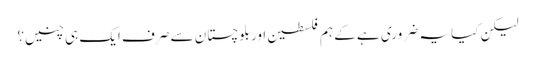
لیکن کیا یہ ضروری ہے کے ہم فلسطین اور بلوچستان سے صرف ایک ہی چنیں؟